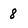
Character: 8